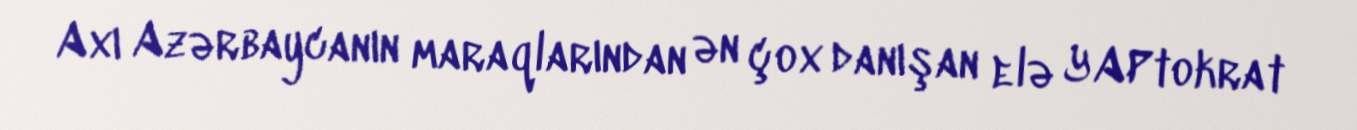
Axı Azərbaycanın maraqlarından ən çox danışan elə YAPtokrat